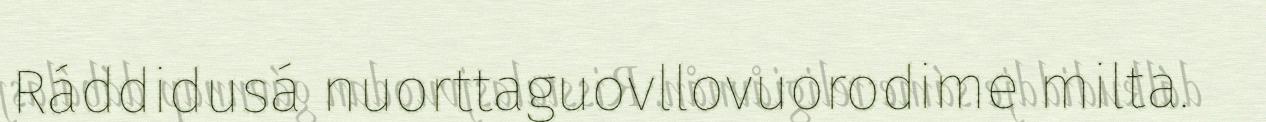
Ráddidusá nuorttaguovllovuorodime milta.